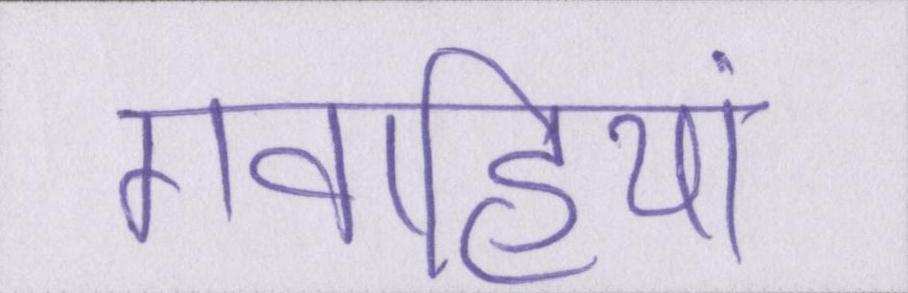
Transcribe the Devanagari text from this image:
गवाहियां